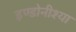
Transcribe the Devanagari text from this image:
इण्डोनीश्या